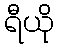
ရီယို